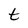
Character: t